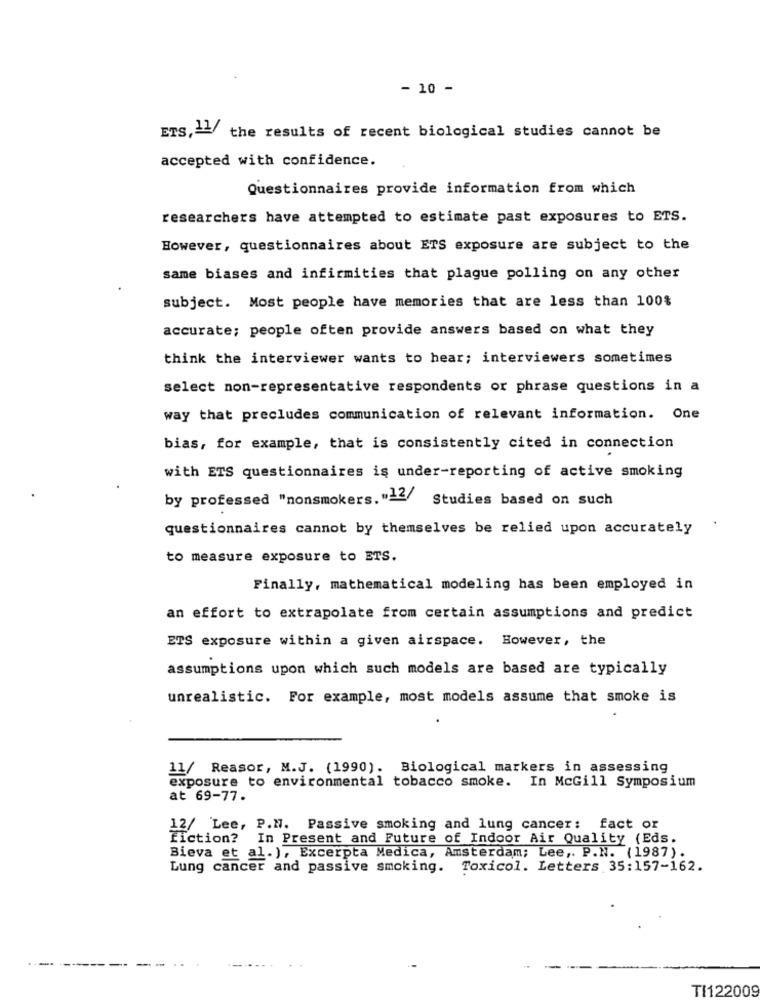
- 10 -
ETS ,= 1/ the results of recent biological studies cannot be
accepted with confidence.
Questionnaires provide information from which
researchers have attempted to estimate past exposures to ETS.
However, questionnaires about ETS exposure are subject to the
same biases and infirmities that plague polling on any other
subject. Most people have memories that are less than 100%
accurate; people often provide answers based on what they
think the interviewer wants to hear; interviewers sometimes
select non-representative respondents or phrase questions in a
way that precludes communication of relevant information. One
bias, for example, that is consistently cited in connection
with ETS questionnaires is under-reporting of active smoking
by professed "nonsmokers."22/ Studies based on such
questionnaires cannot by themselves be relied upon accurately
to measure exposure to ETS.
Finally, mathematical modeling has been employed in
an effort to extrapolate from certain assumptions and predict
ETS exposure within a given airspace. However, the
assumptions upon which such models are based are typically
unrealistic. For example, most models assume that smoke is
11/ Reasor, M.J. (1990). Biological markers in assessing
exposure to environmental tobacco smoke. In McGill Symposium
at 69-77.
12/ Lee, P.N. Passive smoking and lung cancer: fact or
fiction? In Present and Future of Indoor Air Quality (Eds.
Bieva et al.), Excerpta Medica, Amsterdam; Lee ,. P.N. (1987).
Lung cancer and passive smoking. Toxicol. Letters 35:157-162.
----
TI122009